Annual returns of the Patna Lunatic Asylum at Bankipore in Bihar and Orissa - 1912-1924
Year: 1912
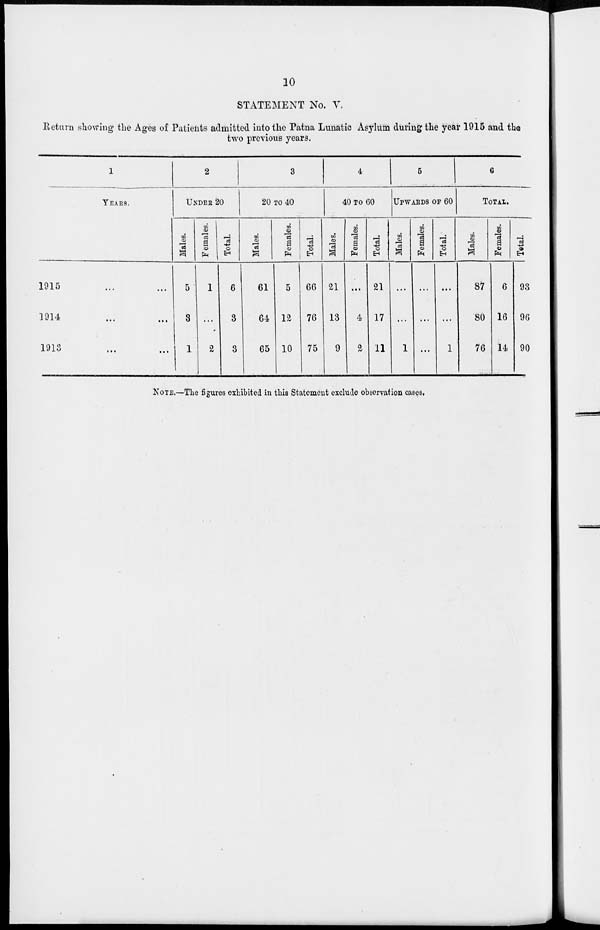
10
STATEMENT No. V.
Return showing the Ages of Patients admitted into the Patna Lunatic Asylum during the year 1915 and the
two previous years.
1
YEARS.
1915 ... ...
1914 ... ...
1913 ... ...
2
UNDER 20
Males.
5
3
1
Females.
1
...
2
Total.
6
3
3
3
20 To 40
Males.
61
64
65
Females.
5
12
10
Total.
66
76
75
4
40 To 60
Males.
21
13
9
Females.
...
4
2
Total.
21
17
11
5
UPWARDS OF 60
Males.
...
...
1
Females.
...
...
...
Total.
...
...
1
6
TOTAL.
Males.
87
80
76
Females.
6
16
14
Total.
93
96
90
NOTE.—The figures exhibited in this Statement exclude observation cases.